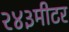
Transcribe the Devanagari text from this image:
२४३मीटर